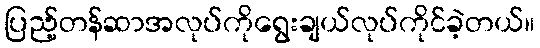
ပြည့်တန်ဆာအလုပ်ကိုရွေးချယ်လုပ်ကိုင်ခဲ့တယ်။